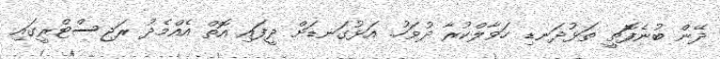
ދޭން ބުނެފަޮތީ ތަޅުދަނޑި ހަވާލްކުރާ ދުވަހު. އަޅުގަނޑަށް ދީފައި އޮތް އެއްމެދު ރަޖިސްޓްރީގައި